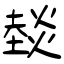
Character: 燅